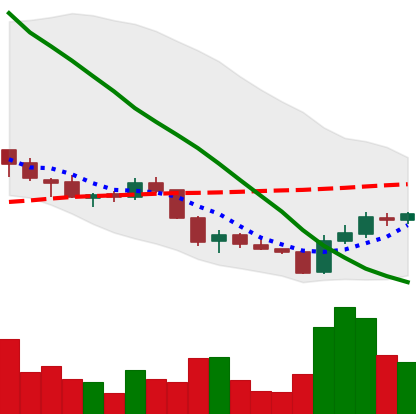
Ticker: ADA-USD
Chart end date: 2018-06-02
Forward return: -7.299%
Label: down_7plus